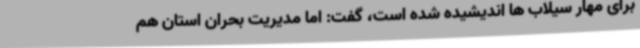
برای مهار سیلاب ها اندیشیده شده است، گفت: اما مدیریت بحران استان هم